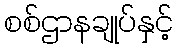
စစ်ဌာနချုပ်နှင့်